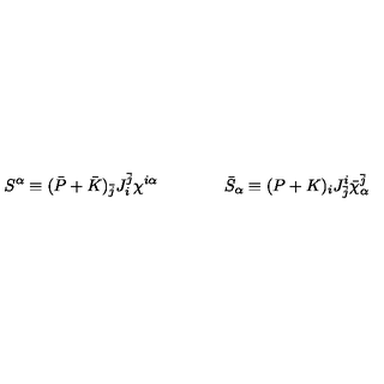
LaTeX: S ^ { \alpha } \equiv ( \bar { P } + \bar { K } ) _ { \bar { j } } J _ { i } ^ { \bar { j } } \chi ^ { i \alpha } \qquad \qquad \bar { S } _ { \alpha } \equiv ( P + K ) _ { i } J _ { \bar { j } } ^ { i } \bar { \chi } _ { \alpha } ^ { \bar { j } }